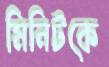
মিনিটকে